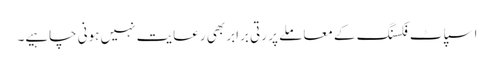
اسپاٹ فکسنگ کے معاملے پر رتی برابر بھی رعایت نہیں ہونی چاہیے۔